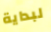
لبداية